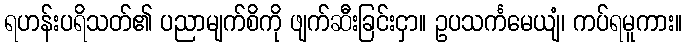
ရဟန်းပရိသတ်၏ ပညာမျက်စိကို ဖျက်ဆီးခြင်းငှာ။ ဥပသင်္ကမေယျံ၊ ကပ်ရမူကား။